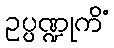
ဥပ္ပဏ္ဍုကိံ